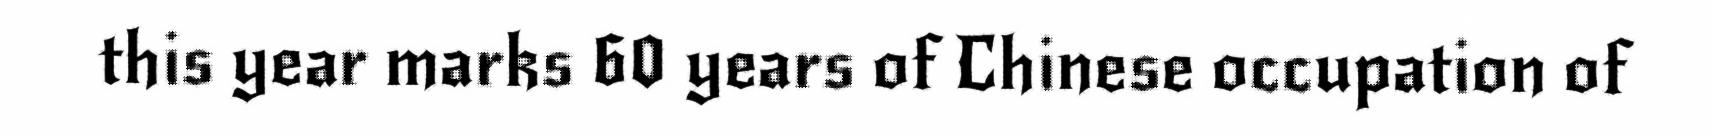
this year marks 60 years of Chinese occupation of